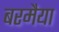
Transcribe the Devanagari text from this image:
बरमैया